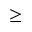
\geq